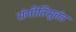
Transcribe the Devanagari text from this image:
संगीतिसुत्तंत